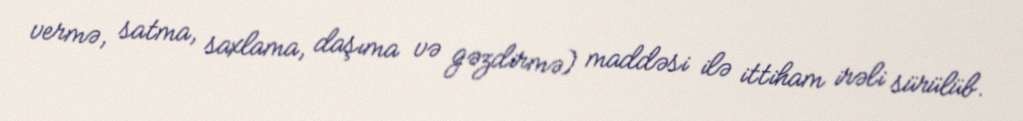
vermə, satma, saxlama, daşıma və gəzdirmə) maddəsi ilə ittiham irəli sürülüb.